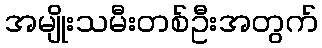
အမျိုးသမီးတစ်ဦးအတွက်